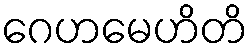
ဂေဟမေဟိတိ